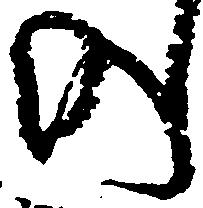
の